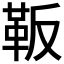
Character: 𲊛